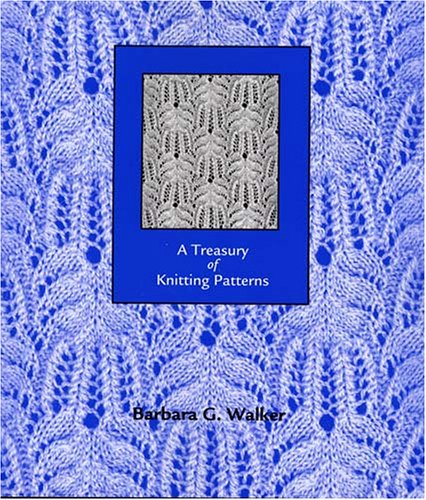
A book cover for A Treasury of Knitting Patterns; Barbara G. Walker; Crafts, Hobbies & Home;